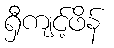
ရှီကျင့်ဖိန်